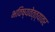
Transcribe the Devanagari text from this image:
भविष्यवेत्त्यावर